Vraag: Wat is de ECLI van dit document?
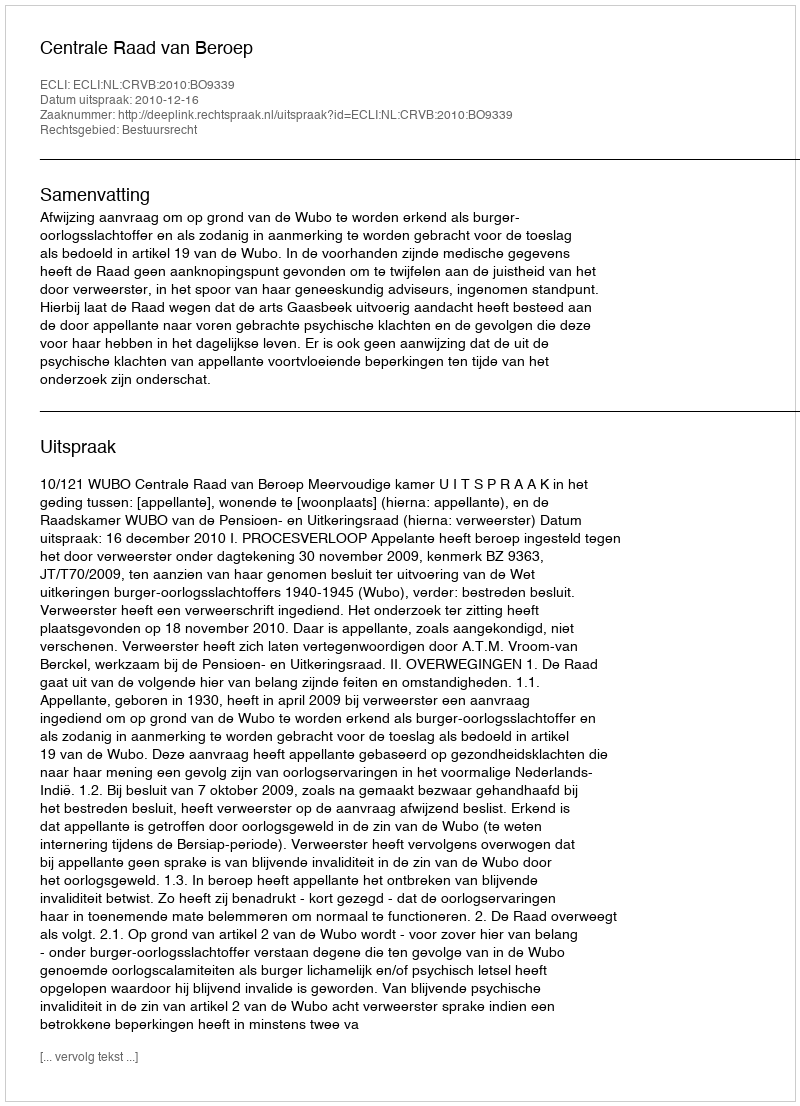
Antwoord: ECLI:NL:CRVB:2010:BO9339